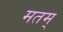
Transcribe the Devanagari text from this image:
मतम्